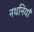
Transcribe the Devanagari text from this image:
नथनियाँ